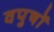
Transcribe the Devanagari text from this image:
वपुषों